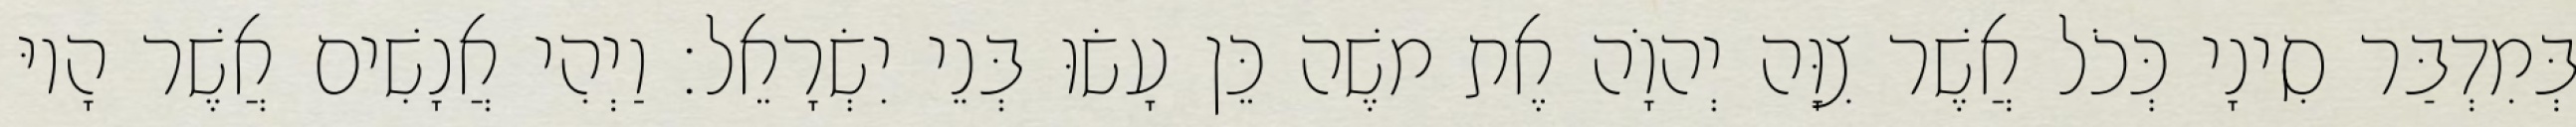
בְּמִדְבַּר סִינָי כְּכֹל אֲשֶׁר צִוָּה יְהוָֹה אֶת משֶׁה כֵּן עָשׂוּ בְּנֵי יִשְׂרָאֵל׃ וַיְהִי אֲנָשִׁים אֲשֶׁר הָיוּ